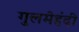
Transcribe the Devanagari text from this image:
गुलमेहंदी